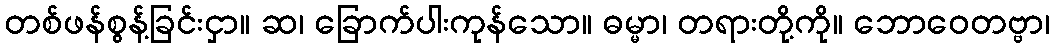
တစ်ဖန်စွန့်ခြင်းငှာ။ ဆ၊ ခြောက်ပါးကုန်သော။ ဓမ္မာ၊ တရားတို့ကို။ ဘောဝေတဗ္ဗာ၊